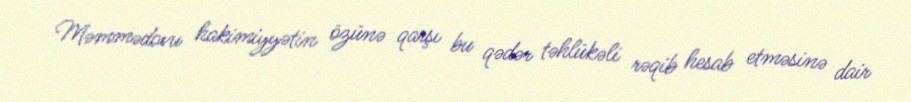
Məmmədovu hakimiyyətin özünə qarşı bu qədər təhlükəli rəqib hesab etməsinə dair